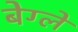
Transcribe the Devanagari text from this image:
बेग्ले